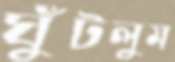
ঘুঁটলুম